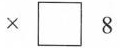
$$\times \Box 8$$